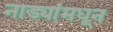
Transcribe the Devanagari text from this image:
नाड्यांमधून